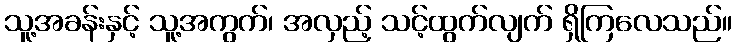
သူ့အခန်းနှင့် သူ့အကွက်၊ အလှည့် သင့်ထွက်လျက် ရှိကြလေသည်။